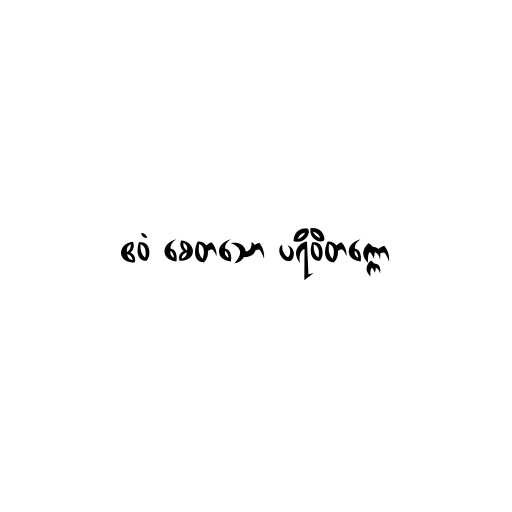
ဧဝံ စေတသော ပရိဝိတက္ကော